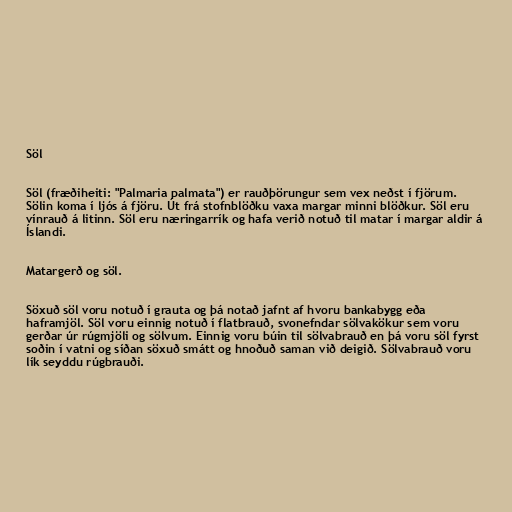
Söl

Söl (fræðiheiti: "Palmaria palmata") er rauðþörungur sem vex neðst í fjörum.
Sölin koma í ljós á fjöru. Út frá stofnblöðku vaxa margar minni blöðkur. Söl eru
vínrauð á litinn. Söl eru næringarrík og hafa verið notuð til matar í margar aldir á
Íslandi.

Matargerð og söl.

Söxuð söl voru notuð í grauta og þá notað jafnt af hvoru bankabygg eða
haframjöl. Söl voru einnig notuð í flatbrauð, svonefndar sölvakökur sem voru
gerðar úr rúgmjöli og sölvum. Einnig voru búin til sölvabrauð en þá voru söl fyrst
soðin í vatni og síðan söxuð smátt og hnoðuð saman við deigið. Sölvabrauð voru
lík seyddu rúgbrauði.